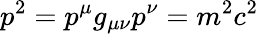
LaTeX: p^{2}=p^{\mu}g_{\mu\nu}p^{\nu}=m^{2}c^{2}